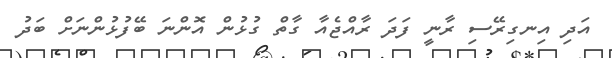
އަދި އިނގިރޭސި ރާނީ ފަދަ ރާއްޖެއާ ގާތް ގުޅުން އޮންނަ ބޭފުޅުންނަށް ބަދު